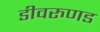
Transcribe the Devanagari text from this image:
डीवरुणड